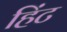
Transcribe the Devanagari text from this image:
हिंट